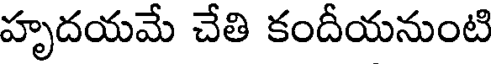
హృదయమే చేతి కందీయనుంటి